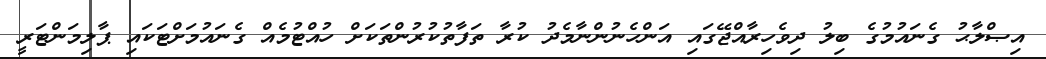
އިޞްލާޙު ގެނައުމުގެ ބިލު ދިވެހިރާއްޖޭގައި އަންހެނުންނާމެދު ކުރާ ތަފާތުކުރުންތަކަށް ހުއްޓުމެއް ގެނައުމަށްޓަކައި ޕާލިމަންޓަރީ